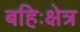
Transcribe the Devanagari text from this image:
बहिःक्षेत्र